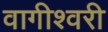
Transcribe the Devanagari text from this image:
वागीश्‍वरी